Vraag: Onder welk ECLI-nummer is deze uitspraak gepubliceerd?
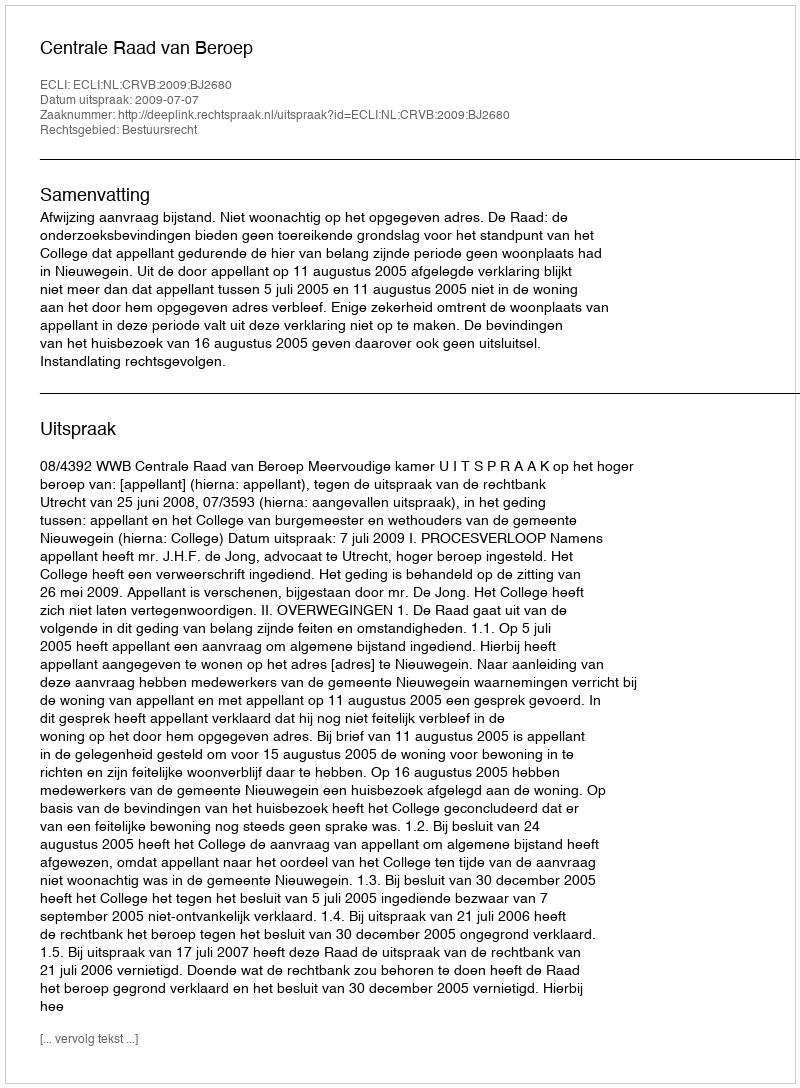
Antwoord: ECLI:NL:CRVB:2009:BJ2680